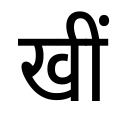
OCR:
खीं